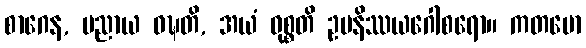
စာဂေန, ပညာယ ဝဍ္ဎတိ, အယံ ဝုစ္စတိ ဥပနိဿယဂေါစရော။ ကတမော